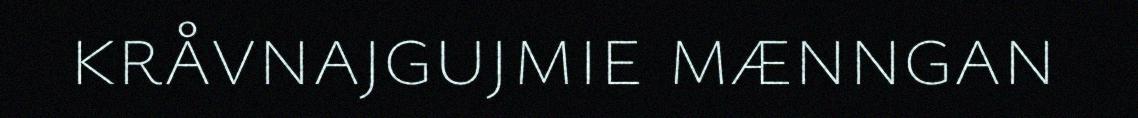
kråvnajgujmie mænngan